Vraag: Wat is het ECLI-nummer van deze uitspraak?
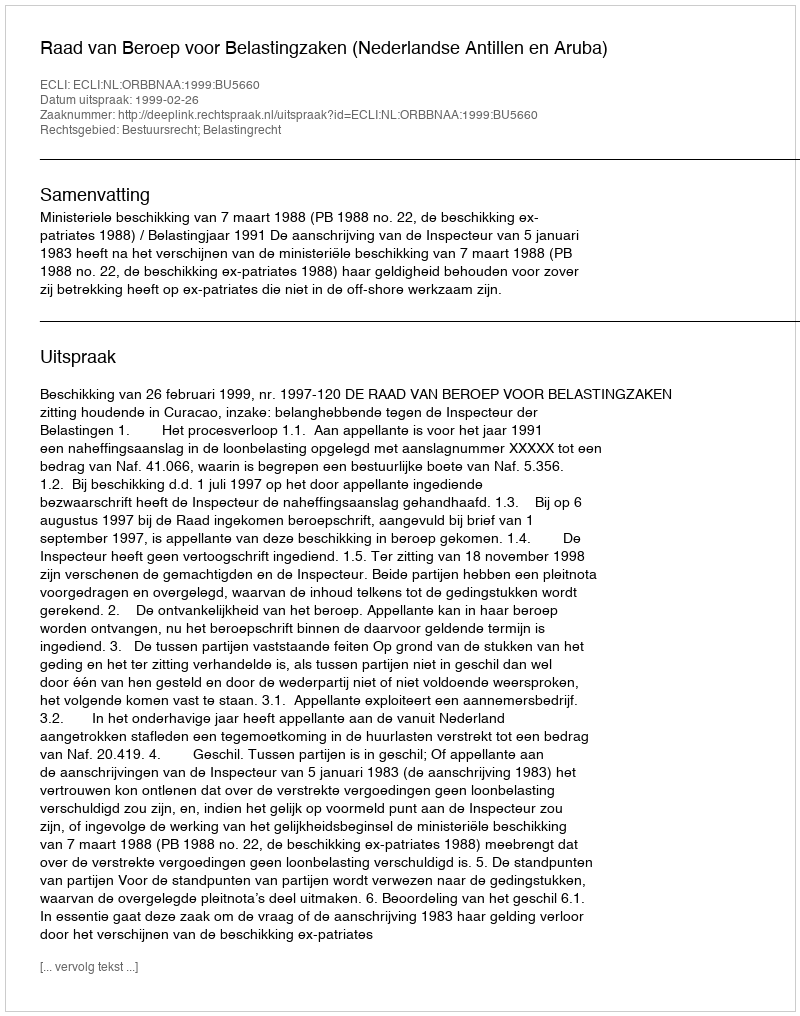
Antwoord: ECLI:NL:ORBBNAA:1999:BU5660